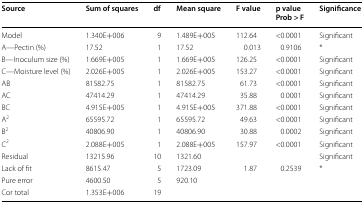
<table><thead><tr><td><b>Source</b></td><td><b>Sum of squares</b></td><td><b>df</b></td><td><b>Mean square</b></td><td><b>F value</b></td><td><b>p valueProb &gt; F</b></td><td><b>Significance</b></td></tr></thead><tbody><tr><td>Model</td><td>1.340E+006</td><td>9</td><td>1.489E+005</td><td>112.64</td><td>&lt;0.0001</td><td>Significant</td></tr><tr><td>A—Pectin (%)</td><td>17.52</td><td>1</td><td>17.52</td><td>0.013</td><td>0.9106</td><td>*</td></tr><tr><td>B—Inoculum size (%)</td><td>1.669E+005</td><td>1</td><td>1.669E+005</td><td>126.25</td><td>&lt;0.0001</td><td>Significant</td></tr><tr><td>C—Moisture level (%)</td><td>2.026E+005</td><td>1</td><td>2.026E+005</td><td>153.27</td><td>&lt;0.0001</td><td>Significant</td></tr><tr><td>AB</td><td>81582.75</td><td>1</td><td>81582.75</td><td>61.73</td><td>&lt;0.0001</td><td>Significant</td></tr><tr><td>AC</td><td>47414.29</td><td>1</td><td>47414.29</td><td>35.88</td><td>0.0001</td><td>Significant</td></tr><tr><td>BC</td><td>4.915E+005</td><td>1</td><td>4.915E+005</td><td>371.88</td><td>&lt;0.0001</td><td>Significant</td></tr><tr><td>A<sup>2</sup></td><td>65595.72</td><td>1</td><td>65595.72</td><td>49.63</td><td>&lt;0.0001</td><td>Significant</td></tr><tr><td>B<sup>2</sup></td><td>40806.90</td><td>1</td><td>40806.90</td><td>30.88</td><td>0.0002</td><td>Significant</td></tr><tr><td>C<sup>2</sup></td><td>2.088E+005</td><td>1</td><td>2.088E+005</td><td>157.97</td><td>&lt;0.0001</td><td>Significant</td></tr><tr><td>Residual</td><td>13215.96</td><td>10</td><td>1321.60</td><td>[EMPTY_CELL]</td><td>[EMPTY_CELL]</td><td>Significant</td></tr><tr><td>Lack of fit</td><td>8615.47</td><td>5</td><td>1723.09</td><td>1.87</td><td>0.2539</td><td>*</td></tr><tr><td>Pure error</td><td>4600.50</td><td>5</td><td>920.10</td><td>[EMPTY_CELL]</td><td>[EMPTY_CELL]</td><td>[EMPTY_CELL]</td></tr><tr><td>Cor total</td><td>1.353E+006</td><td>19</td><td>[EMPTY_CELL]</td><td>[EMPTY_CELL]</td><td>[EMPTY_CELL]</td><td>[EMPTY_CELL]</td></tr></tbody></table>